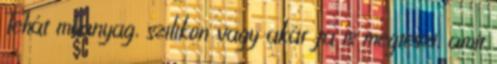
Tehát műanyag, szilikon vagy akár fa is megteszi, amit